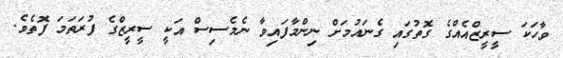
ވާހަކަ ސީރީޒްއެއްގެ ގޮތުގައި ގެނައުމަށް ނިންމާފައިވާ ނެމެސިސް އަކީ ސީރީޒްގެ ފުރަތަމަ ފޮތެވެ.